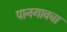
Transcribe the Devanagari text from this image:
पानगावचा